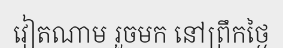
វៀតណាម រួចមក នៅព្រឹកថ្ងៃ